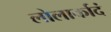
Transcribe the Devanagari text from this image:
लोलार्कादं